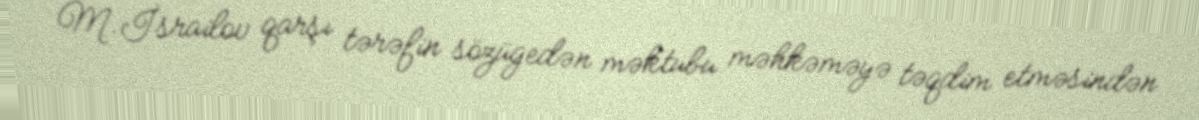
M.İsrailov qarşı tərəfin sözügedən məktubu məhkəməyə təqdim etməsindən